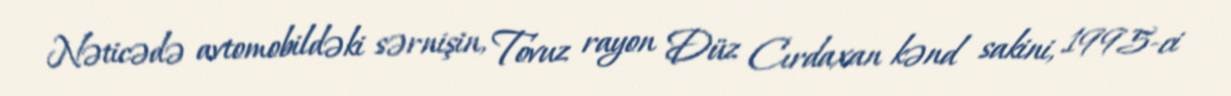
Nəticədə avtomobildəki sərnişin, Tovuz rayon Düz Cırdaxan kənd sakini, 1995-ci